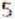
5